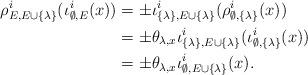
LaTeX: \begin{align*}\rho_{E,E\cup\{\lambda\}}^i(\iota_{\emptyset,E}^i(x))&=\pm\iota_{\{\lambda\},E\cup\{\lambda\}}^i(\rho^i_{\emptyset,\{\lambda\}}(x))\\{}&=\pm\theta_{\lambda,x}\iota_{\{\lambda\},E\cup\{\lambda\}}^i(\iota^i_{\emptyset,\{\lambda\}}(x))\\{}&=\pm\theta_{\lambda,x} \iota^i_{\emptyset,E\cup\{\lambda\}}(x).\end{align*}